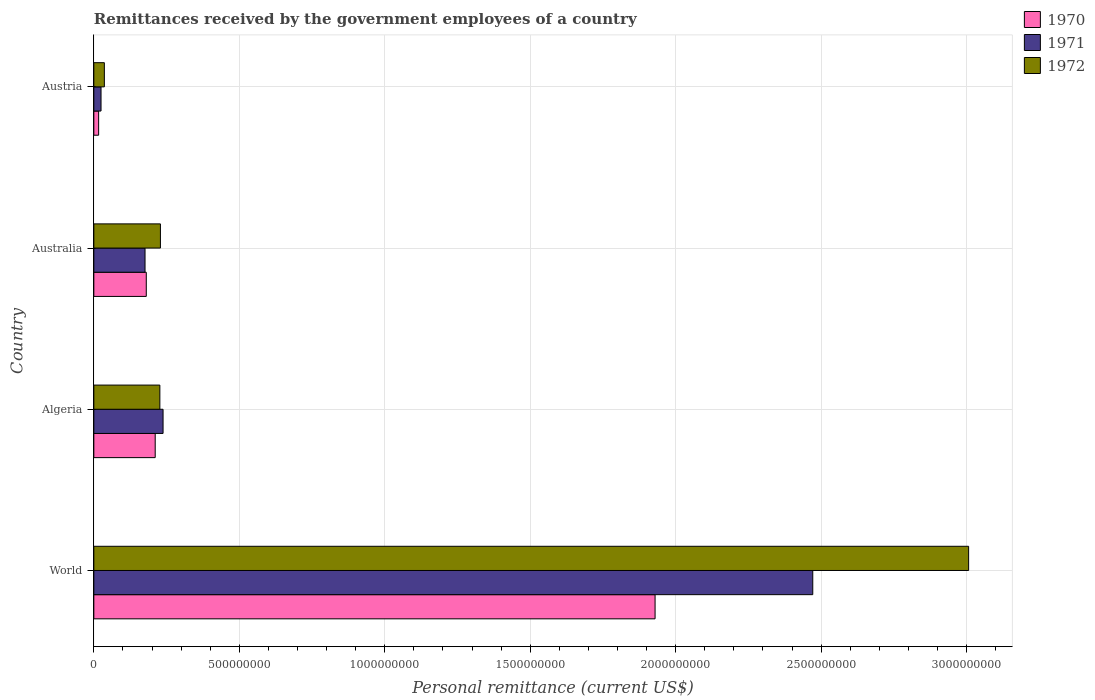
| Country | 1970 | 1971 | 1972 |
 | --- | --- | --- | --- |
 | World | 1.93e+09 | 2.47e+09 | 3.01e+09 |
 | Algeria | 2.11e+08 | 2.38e+08 | 2.27e+08 |
 | Australia | 1.8e+08 | 1.76e+08 | 2.29e+08 |
 | Austria | 1.66e+07 | 2.48e+07 | 3.62e+07 |